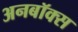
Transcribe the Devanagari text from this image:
अनबॉक्स